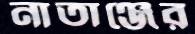
নাতাঞ্জের